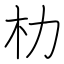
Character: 朸